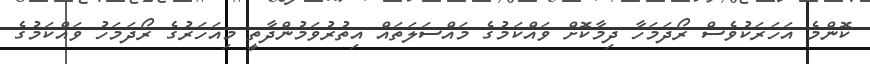
ކޮންމެ އަހަރަކުވެސް ރޯދަމަހާ ދިމާކޮށް ވައްކަމުގެ މައްސަލަތައް އިތުރުވަމުންދާތީ މިއަހަރުގެ ރޯދަމަހު ވައްކަމުގެ